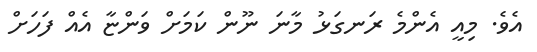
އެވެ. މިއީ އެންމެ ރަނގަޅު މާނަ ނޫން ކަމަށް ވަންޏާ އެއް ފަހަށް